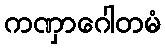
ကဏှာဂေါတမံ